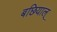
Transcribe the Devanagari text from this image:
बछियाल्